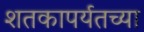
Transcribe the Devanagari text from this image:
शतकापर्यतच्या